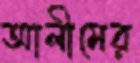
আলীমের